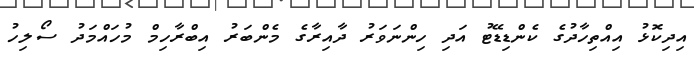
އިދިކޮޅު އިއްތިހާދުގެ ކެންޑިޑޭޓު އަދި ހިންނަވަރު ދާއިރާގެ މެންބަރު އިބްރާހިމް މުހައްމަދު ސޯލިހު